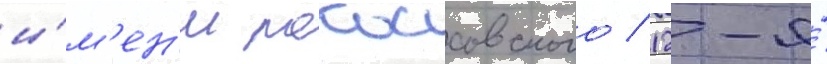
и́м'ен'и рокоссовского / 12-я́